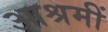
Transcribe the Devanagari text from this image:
आश्रमीं